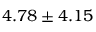
4 . 7 8 \pm 4 . 1 5